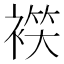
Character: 𧛒